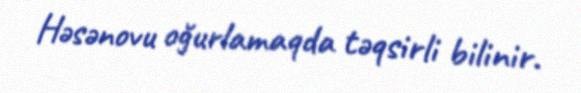
Həsənovu oğurlamaqda təqsirli bilinir.